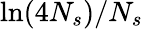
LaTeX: \ln(4N_{s})/N_{s}